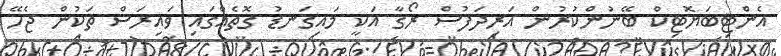
އެންޓިބަޔޮޓިކް ބޭނުންކުރުން އަރިދަފުސް ރޯގާ އަކީ މައިގަނޑު ގޮތެއްގައި ވައިރަސް ތަކުން ޖެހޭ